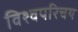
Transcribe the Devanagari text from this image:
विश्वपरिचय